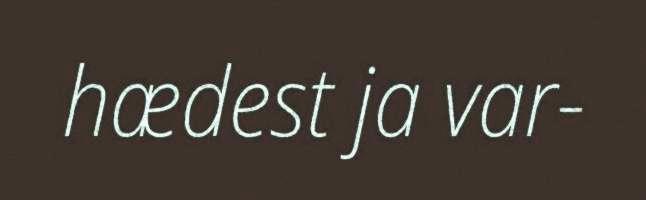
hædest ja var-